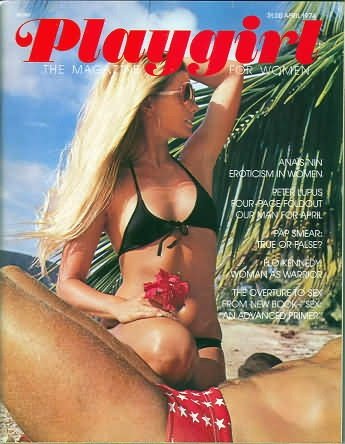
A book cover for PLAYGIRL MAGAZINE April 1974 Peter Lupus 4-page spread!; Playgirl Magazine Inc.; Health, Fitness & Dieting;